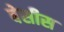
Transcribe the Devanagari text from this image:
बेसीस